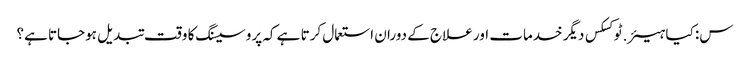
س: کیا ہیئر.ٹوکسکس دیگر خدمات اور علاج کے دوران استعمال کرتا ہے کہ پروسیسنگ کا وقت تبدیل ہوجاتا ہے؟